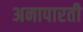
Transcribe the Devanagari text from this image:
अनापारती